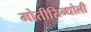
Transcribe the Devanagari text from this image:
मोतीसिन्धोली